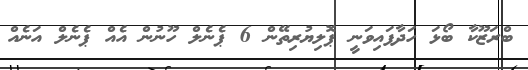
ބްރަޒޫކާ ބޯޅަ ހަދާފައިވަނީ ޕޮލިޔުރިތޭން 6 ޕެނެލް ހޫނުން އެއް ޕެނެލް އަނެއް